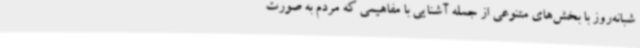
شبانه‌روز با بخش‌های متنوعی از جمله آشنایی با مفاهیمی که مردم به صورت